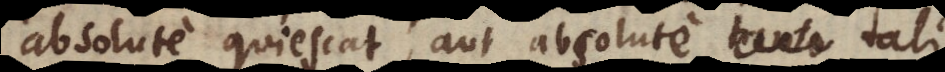
absolute quiescat, aut absolute tali